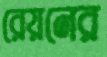
রেয়নের